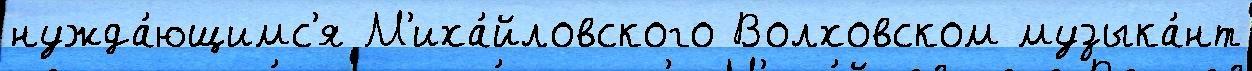
нужда́ющимс'я М'иха́йловского Волховском музыка́нт